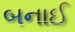
બનાઈ